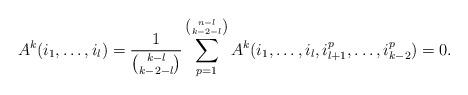
LaTeX: \begin{align*}A^{k}(i_{1},\dots,i_{l})=\frac{1}{\binom{k-l}{k-2-l}}\sum_{p=1}^{\binom{n-l}{k-2-l}}A^{k}(i_{1},\dots,i_{l},i_{l+1}^{p},\dots,i_{k-2}^{p})=0.\end{align*}